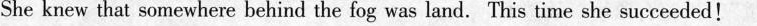
She knew that somewhere behind the fog was land.This time she succeeded!